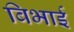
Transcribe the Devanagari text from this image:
बिभाई